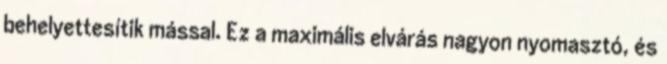
behelyettesítik mással. Ez a maximális elvárás nagyon nyomasztó, és